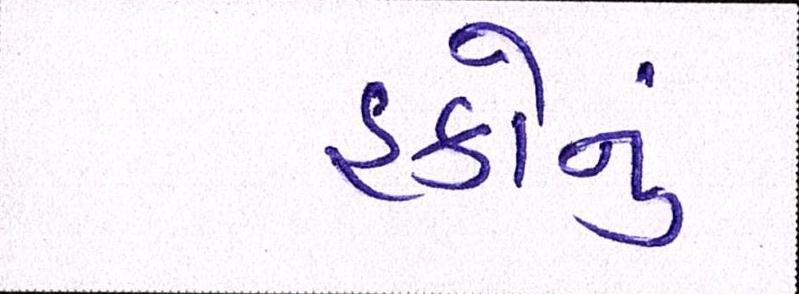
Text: હકોનું